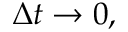
\Delta t \to 0 ,